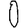
Digit: 0